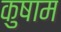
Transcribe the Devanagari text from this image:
कुषाम